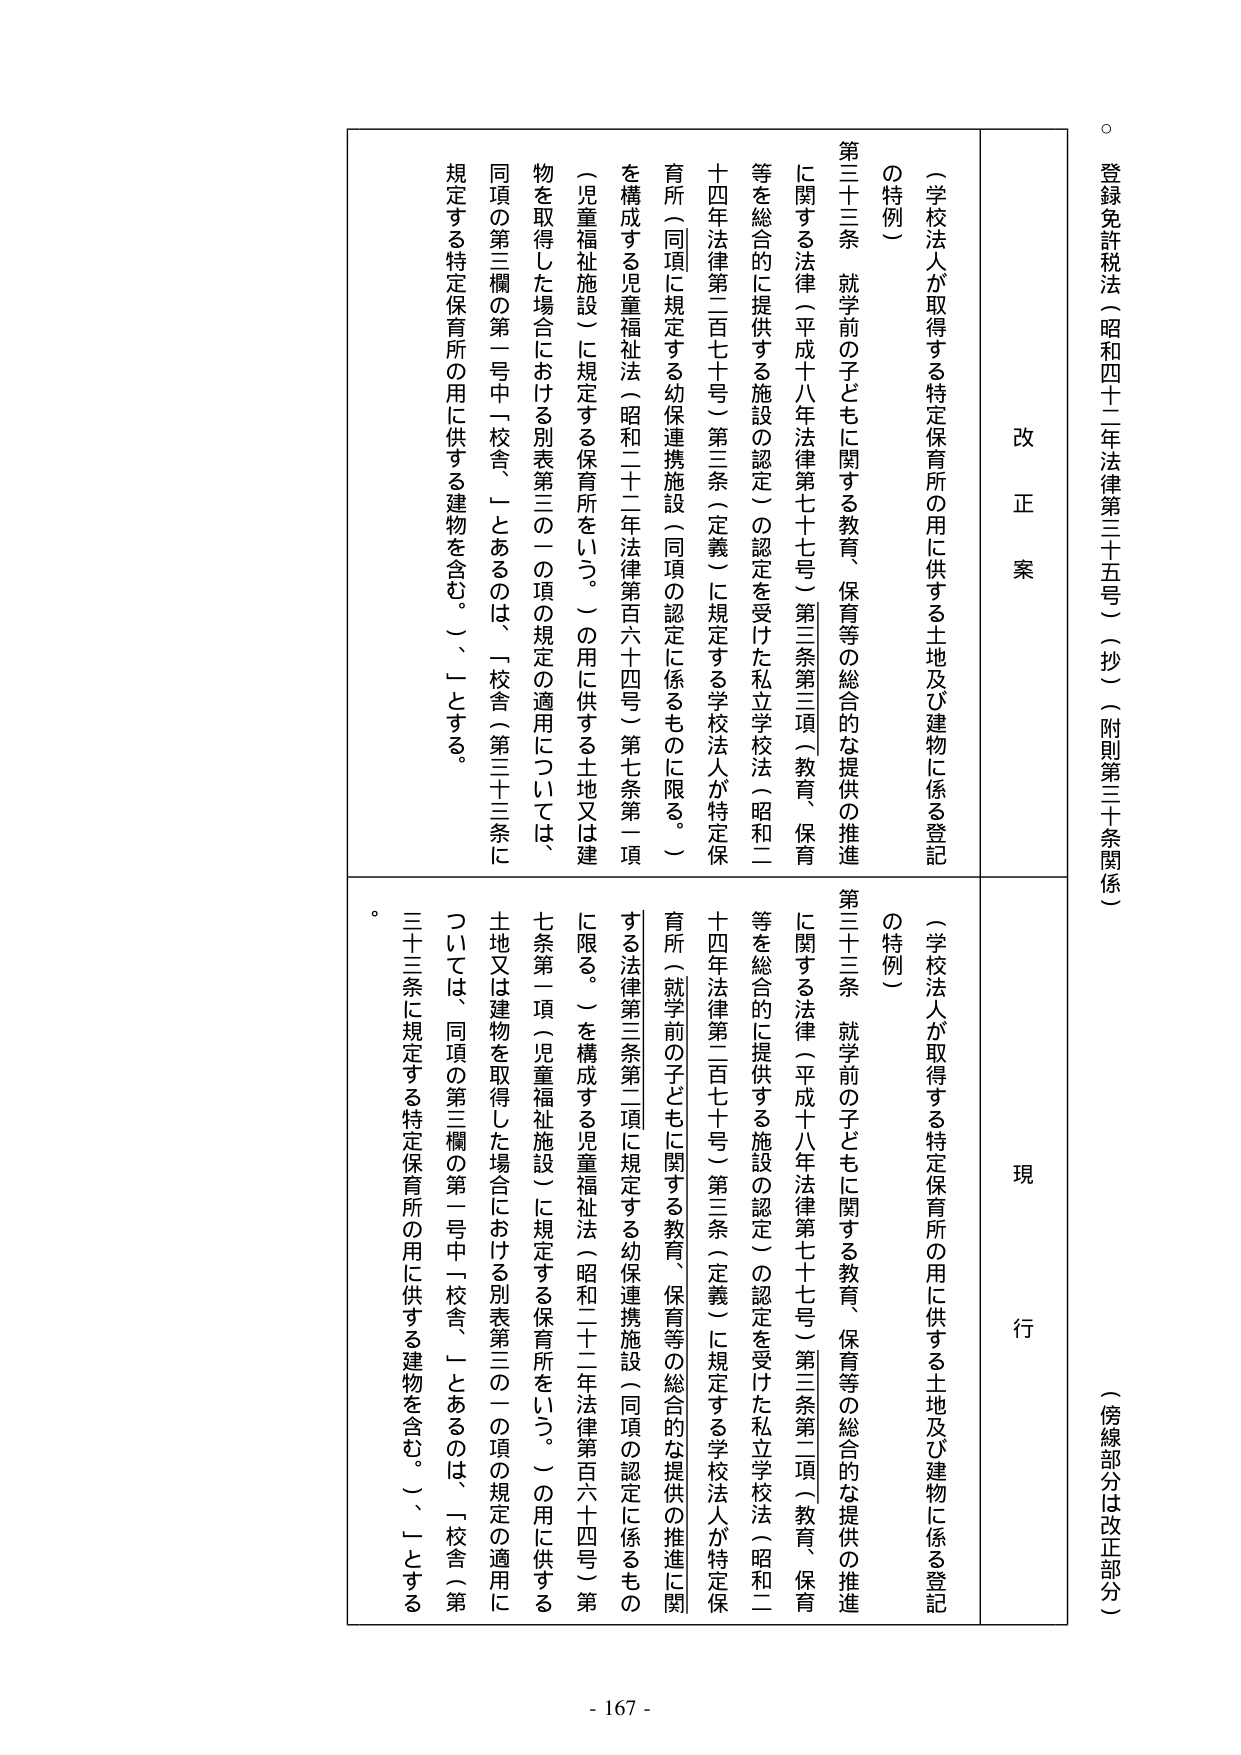
登録免許税法（昭和四十二年法律第三十五号）（抄）（附則第三十条関係）

（傍線部分は改正部分）

改正案

（学校法人が取得する特定保育所の用に供する土地及び建物に係る登記の特例）

第三十三条 就学前の子どもに関する教育、保育等の総合的な提供の推進に関する法律（平成十八年法律第七十七号）第三条第二項（教育、保育等を総合的に提供する施設の認定）の認定を受けた私立学校法（昭和二十四年法律第二百七十号）第三条（定義）に規定する学校法人が特定保育所（同項に規定する幼保連携施設（同項の認定に係るものに限る。）を構成する児童福祉法（昭和二十二年法律第百六十四号）第七条第一項（児童福祉施設）に規定する保育所をいう。）の用に供する土地又は建物を取得した場合における別表第三の二の項の規定の適用については、同項の第三欄の第一号中「校舎」とあるのは、「校舎（第三十三条に規定する特定保育所の用に供する建物を含む。）」とする。

現行

（学校法人が取得する特定保育所の用に供する土地及び建物に係る登記の特例）

第三十三条 就学前の子どもに関する教育、保育等の総合的な提供の推進に関する法律（平成十八年法律第七十七号）第三条第二項（教育、保育等を総合的に提供する施設の認定）の認定を受けた私立学校法（昭和二十四年法律第二百七十号）第三条（定義）に規定する学校法人が特定保育所（就学前の子どもに関する教育、保育等の総合的な提供の推進に関する法律第三条第二項に規定する幼保連携施設（同項の認定に係るものに限る。）を構成する児童福祉法（昭和二十二年法律第百六十四号）第七条第一項（児童福祉施設）に規定する保育所をいう。）の用に供する土地又は建物を取得した場合における別表第三の二の項の規定の適用については、同項の第三欄の第一号中「校舎」とあるのは、「校舎（第三十三条に規定する特定保育所の用に供する建物を含む。）」とする。

- 167 -